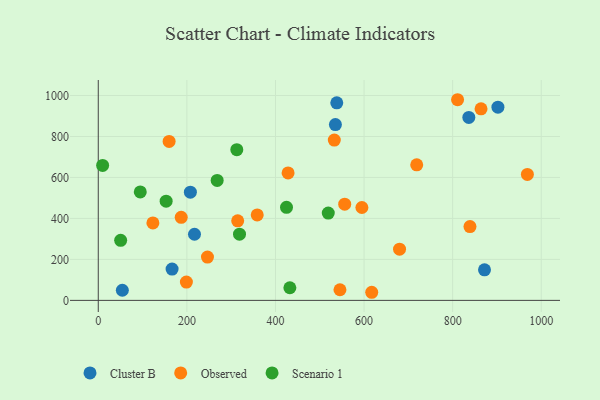
{"axis": {"x": "Speed", "y": "Profit"}, "legend": ["Cluster B", "Observed", "Scenario 1"], "data": [{"x": "54.3", "y": 49.4, "type": "Cluster B"}, {"x": "207.9", "y": 528.1, "type": "Cluster B"}, {"x": "538.4", "y": 964.3, "type": "Cluster B"}, {"x": "535.3", "y": 858.3, "type": "Cluster B"}, {"x": "871.9", "y": 149.3, "type": "Cluster B"}, {"x": "836.5", "y": 893.2, "type": "Cluster B"}, {"x": "902.2", "y": 943.0, "type": "Cluster B"}, {"x": "166.6", "y": 152.6, "type": "Cluster B"}, {"x": "217.2", "y": 322.9, "type": "Cluster B"}, {"x": "839.1", "y": 360.2, "type": "Observed"}, {"x": "811.1", "y": 979.4, "type": "Observed"}, {"x": "187.2", "y": 405.5, "type": "Observed"}, {"x": "428.5", "y": 621.9, "type": "Observed"}, {"x": "246.5", "y": 211.2, "type": "Observed"}, {"x": "532.8", "y": 782.4, "type": "Observed"}, {"x": "556.3", "y": 469.5, "type": "Observed"}, {"x": "968.7", "y": 614.6, "type": "Observed"}, {"x": "545.6", "y": 51.9, "type": "Observed"}, {"x": "595.1", "y": 453.3, "type": "Observed"}, {"x": "198.9", "y": 89.3, "type": "Observed"}, {"x": "718.9", "y": 661.9, "type": "Observed"}, {"x": "617.3", "y": 39.6, "type": "Observed"}, {"x": "314.7", "y": 388.3, "type": "Observed"}, {"x": "864.1", "y": 935.0, "type": "Observed"}, {"x": "123.3", "y": 378.0, "type": "Observed"}, {"x": "159.9", "y": 776.1, "type": "Observed"}, {"x": "358.8", "y": 417.1, "type": "Observed"}, {"x": "680.1", "y": 250.2, "type": "Observed"}, {"x": "50.5", "y": 293.2, "type": "Scenario 1"}, {"x": "312.7", "y": 735.5, "type": "Scenario 1"}, {"x": "94.8", "y": 529.6, "type": "Scenario 1"}, {"x": "432.5", "y": 61.8, "type": "Scenario 1"}, {"x": "519.2", "y": 426.2, "type": "Scenario 1"}, {"x": "9.8", "y": 658.8, "type": "Scenario 1"}, {"x": "424.9", "y": 454.4, "type": "Scenario 1"}, {"x": "318.8", "y": 323.2, "type": "Scenario 1"}, {"x": "268.4", "y": 585.3, "type": "Scenario 1"}, {"x": "153.2", "y": 484.3, "type": "Scenario 1"}]}